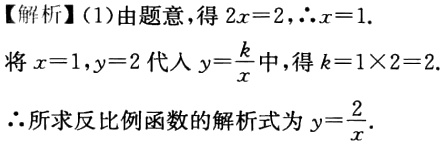
【解析】(1)由题意，得\(2x = 2\)，\(\therefore x = 1\).
将\(x = 1,y = 2\)代入\(y=\frac{k}{x}\)中，得\(k = 1\times2 = 2\).
\(\therefore\)所求反比例函数的解析式为\(y=\frac{2}{x}\).